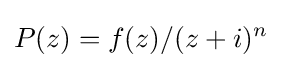
P(z)=f(z)/(z+i)^{n}